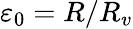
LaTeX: {\varepsilon}_{0}=R/R_{v}